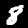
Label: 8